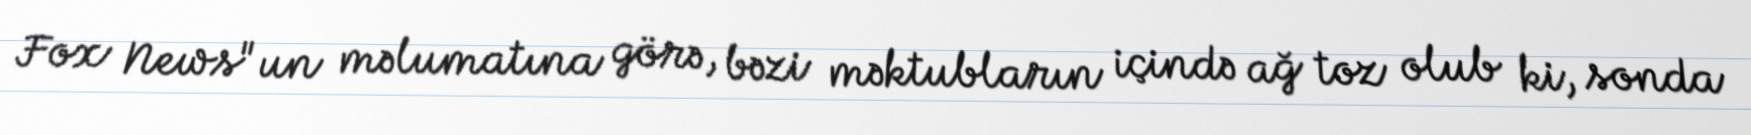
Fox News"un məlumatına görə, bəzi məktubların içində ağ toz olub ki, sonda